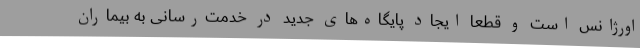
اورژانس است و قطعا ایجاد پایگاه‌های جدید در خدمت‌رسانی به بیماران